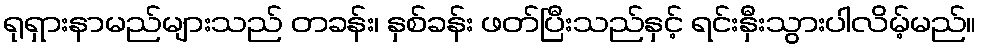
ရုရှားနာမည်များသည် တခန်း၊ နှစ်ခန်း ဖတ်ပြီးသည်နှင့် ရင်းနှီးသွားပါလိမ့်မည်။